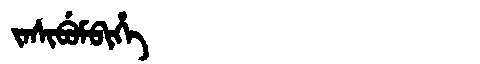
Manchu: ᠵᠠᠰᡳᠪᡠᠮᠪᡳᡥᡝ
Romanization: JASIBUMBIHE